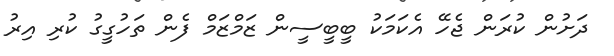
ދަށުން ކުރަން ޖެހޭ އެކަމަކު ބީބީސީން ޒަމްޒަމް ފެން ތަހުގީގު ކުރި އިރު